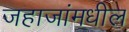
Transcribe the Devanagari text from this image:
जहाजांमधील